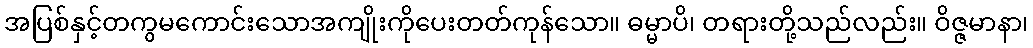
အပြစ်နှင့်တကွမကောင်းသောအကျိုးကိုပေးတတ်ကုန်သော။ ဓမ္မာပိ၊ တရားတို့သည်လည်း။ ဝိဇ္ဇမာနာ၊